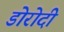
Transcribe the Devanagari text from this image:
डोरोदी